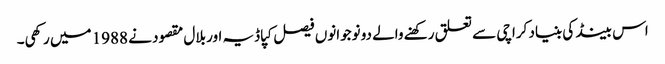
اس بینڈ کی بنیاد کراچی سے تعلق رکھنے والے دو نوجوانوں فیصل کپاڈیہ اور بلال مقصود نے 1988 میں رکھی۔